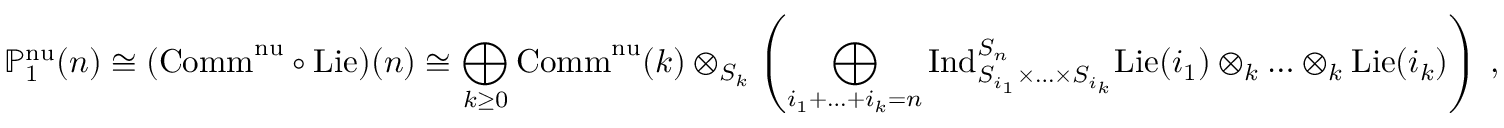
\mathbb { P } _ { 1 } ^ { \mathrm { n u } } ( n ) \cong ( \mathrm { C o m m } ^ { \mathrm { n u } } \circ \mathrm { L i e } ) ( n ) \cong \bigoplus _ { k \ge 0 } \mathrm { C o m m } ^ { \mathrm { n u } } ( k ) \otimes _ { S _ { k } } \left( \bigoplus _ { i _ { 1 } + \ldots + i _ { k } = n } \mathrm { I n d } _ { S _ { i _ { 1 } } \times \ldots \times S _ { i _ { k } } } ^ { S _ { n } } \mathrm { L i e } ( i _ { 1 } ) \otimes _ { k } \ldots \otimes _ { k } \mathrm { L i e } ( i _ { k } ) \right) \: ,